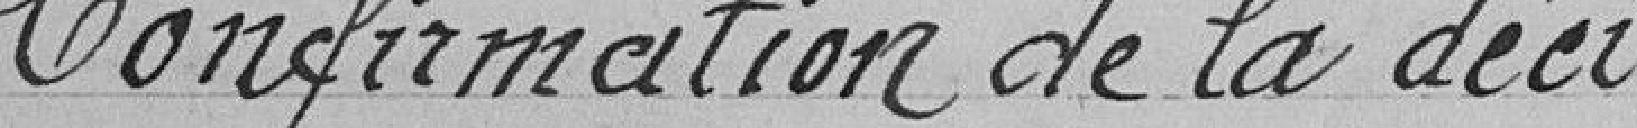
Confirmation de la déci-